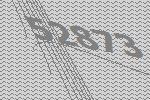
52873